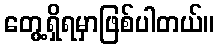
တွေ့ရှိရမှာဖြစ်ပါတယ်။